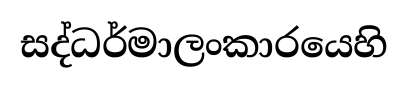
සද්ධර්මාලංකාරයෙහි